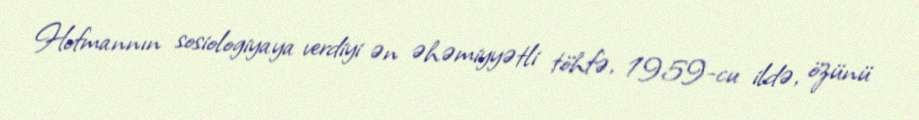
Hofmannın sosiologiyaya verdiyi ən əhəmiyyətli töhfə, 1959-cu ildə, özünü